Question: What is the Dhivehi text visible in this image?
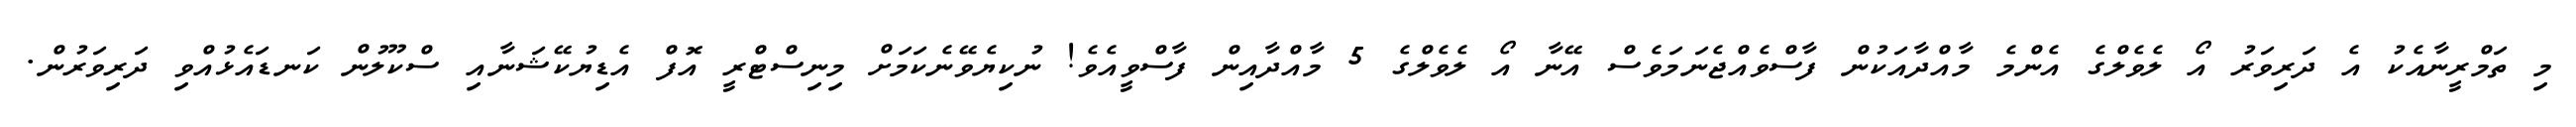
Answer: މި ތަމްރީނާއެކު އެ ދަރިވަރު އޯ ލެވެލްގެ އެންމެ މާއްދާއަކުން ފާސްވެއްޖެނަމަވެސް އޭނާ އޯ ލެވެލްގެ 5 މާއްދާއިން ފާސްވީއެވެ! ނުކިޔެވޭނެކަމަށް މިނިސްޓްރީ އޮފް އެޑިޔުކޭޝަނާއި ސްކޫލުން ކަނޑައެޅުއްވި ދަރިވަރުން.